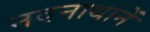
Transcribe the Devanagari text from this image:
नवनाथानें